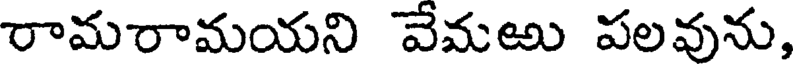
రామరామయని వేమఱు పలవును,